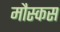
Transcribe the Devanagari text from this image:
मौस्कस